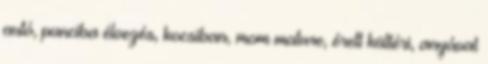
autó, punciba élvezés, kocsiban, mom mature, érett kültéri, anyával